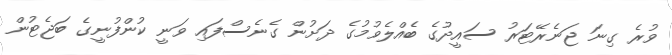
ވުރެ ގިނަ ޖަނެރޭޓަރު ސައީދުގެ ބެއްލެވުމުގެ ދަށުން ގެނެސްފައި ވަނީ ކުންފުނީގެ ބަޖެޓުން